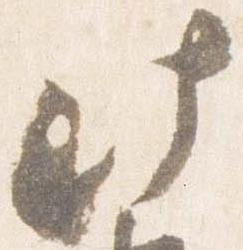
此